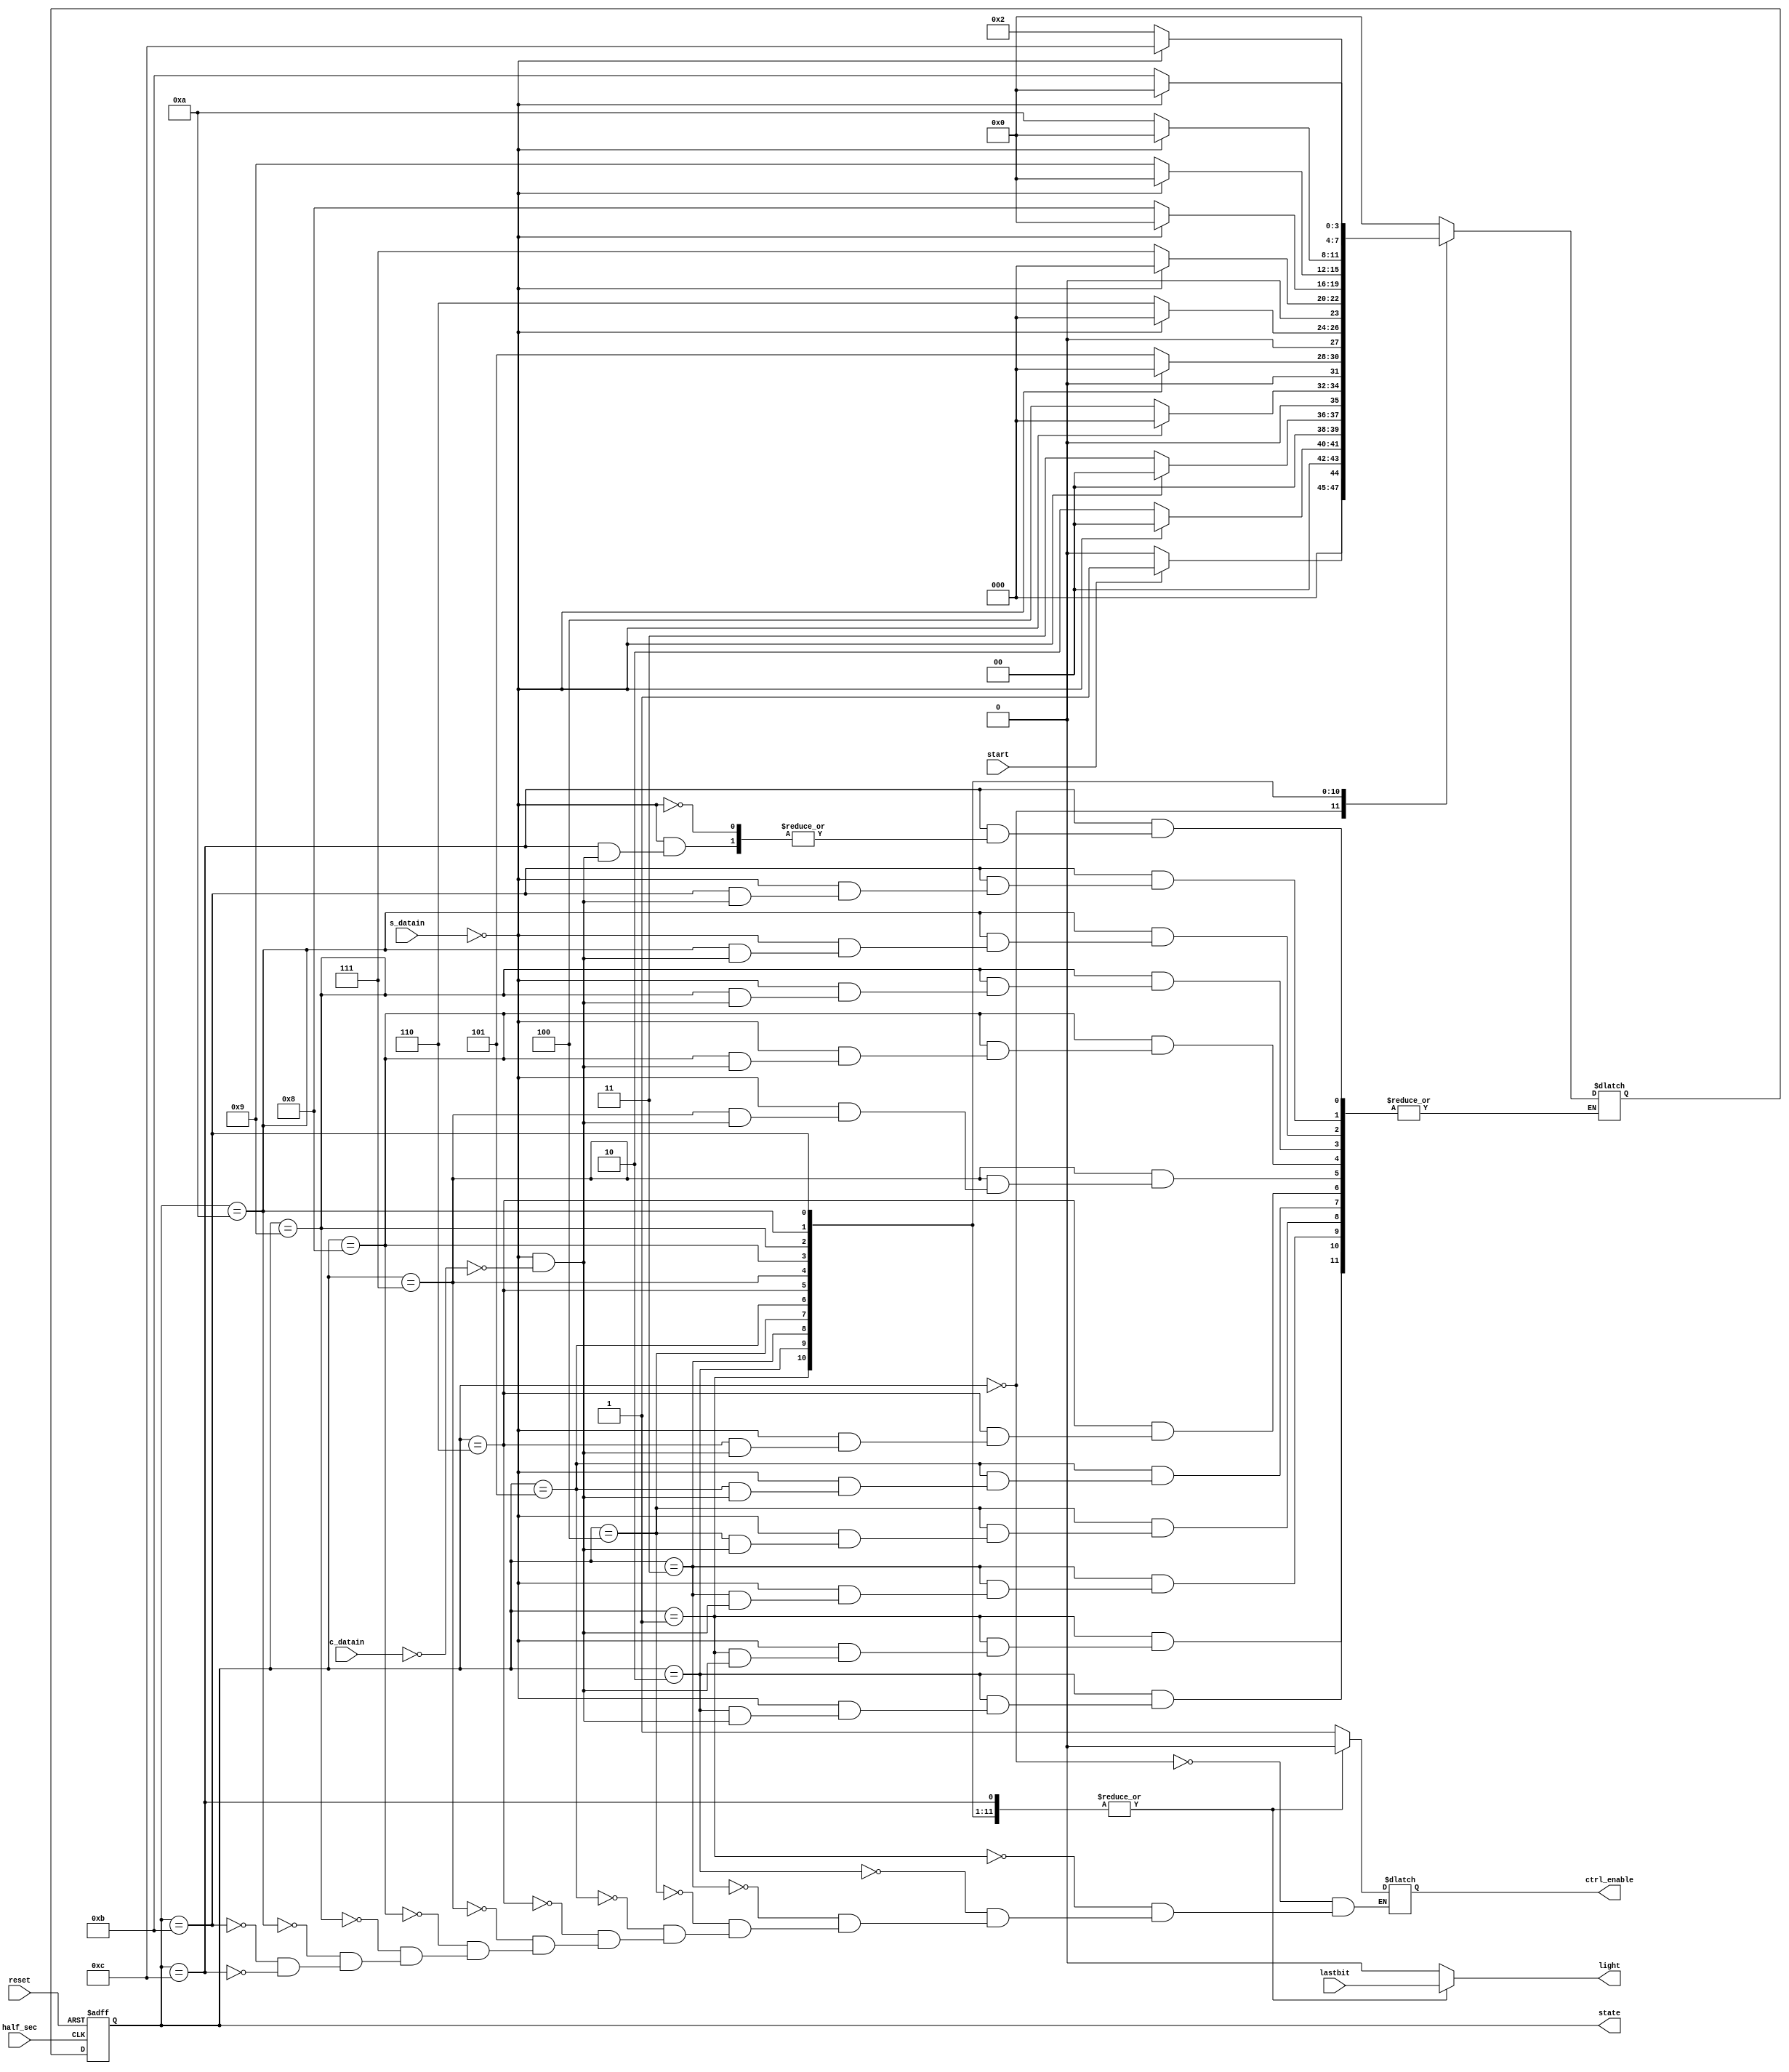
//FSM
module FSM(start,half_sec,reset,light,c_datain,s_datain,ctrl_enable,state,lastbit);
	
	localparam 	s0 = 4'b0000,
					s1 = 4'b0001,
					s2 = 4'b0010,
					s3 = 4'b0011,
					s4 = 4'b0100,
					s5 = 4'b0101,
					s6 = 4'b0110,
					s7 = 4'b0111,
					s8 = 4'b1000,
					s9 = 4'b1001,
					s10 = 4'b1010,
					s11 = 4'b1011,
					s12 = 4'b1100;
	
	input half_sec; //clk 0.5s
	input start;
	output reg light; //morse_code output led

	output reg [3:0] state;
	
	reg [3:0] next_state;

	input wire [3:0] c_datain; //q_count
	input wire [12:0] s_datain;
	input wire lastbit;
	input wire reset;
	
	output reg ctrl_enable;
	
	
	//state transition
	always@(state or s_datain or c_datain)
	begin
		case(state)
			s0: //trang thai nap lenh
			begin
				if(start == 1'b1)
				begin
					next_state = s1;
				end
				else next_state = s0;
			end
			s1:
			begin
				if(s_datain==0)
				begin
					if(c_datain == 0)
					begin
						next_state = s0;
					end
				end
				else next_state = s2;
			end
			s2:
			begin
				if(s_datain==0)
				begin
					if(c_datain == 0)
					begin
						next_state = s0;
					end
				end
				else next_state = s3;
			end
			s3:
			begin
				if(s_datain==0)
				begin
					if(c_datain == 0)
					begin
						next_state = s0;
					end
				end
				else next_state = s4;
			end
			s4:
			begin
				if(s_datain==0)
				begin
					if(c_datain == 0)
					begin
						next_state = s0;
					end
				end
				else next_state = s5;
			end
			s5:
			begin
				if(s_datain==0)
				begin
					if(c_datain == 0)
					begin
						next_state = s0;
					end
				end
				else next_state = s6;
			end
			s6:
			begin
				if(s_datain==0)
				begin
					if(c_datain == 0)
					begin
						next_state = s0;
					end
				end
				else next_state = s7;
			end
			s7:
			begin
				if(s_datain==0)
				begin
					if(c_datain == 0)
					begin
						next_state = s0;
					end
				end
				else next_state = s8;
			end
			s8:
			begin
				if(s_datain==0)
				begin
					if(c_datain == 0)
					begin
						next_state = s0;
					end
				end
				else next_state = s9;
			end
			s9:
			begin
				if(s_datain==0)
				begin
					if(c_datain == 0)
					begin
						next_state = s0;
					end
				end
				else next_state = s10;
			end
			s10:
			begin
				if(s_datain==0)
				begin
					if(c_datain == 0)
					begin
						next_state = s0;
					end
				end
				else next_state = s11;
			end
			s11:
			begin
				if(s_datain==0)
				begin
					if(c_datain == 0)
					begin
						next_state = s12;
					end
				end
				else next_state = s2;
			end
			s12:
			begin
				if(s_datain==0)
				begin
					if(c_datain == 0)
					begin
						next_state = s0;
					end
				end
			end
			default: next_state = s0;
		endcase
	end
	
	//-- Seq logic (Control FSM logic) ---
	always@(posedge half_sec or posedge reset)
	begin
		if(reset)
		begin
			state <= s0;
		end
		else begin
			state <= next_state;
		end
	end
	
	//Control FSM Output Logic
	
	always@(state)
	begin
		//initial value
		light = 1'b0;
		case(state)
		s0:
		begin
			ctrl_enable = 1'b1;
		end
		
		s1:
		begin
			ctrl_enable = 1'b0;
			light = lastbit;
		end
		
		s2:
		begin
			ctrl_enable = 1'b0;
			light = lastbit;
		end
		
		s3:
		begin
			ctrl_enable = 1'b0;	
			light = lastbit;
		end
		
		s4:
		begin
			ctrl_enable = 1'b0;
			light = lastbit;
		end
		
		s5:
		begin
			ctrl_enable = 1'b0;
			light = lastbit;
		end
		
		s6:
		begin
			ctrl_enable = 1'b0;
			light = lastbit;
		end
		
		s7:
		begin
			ctrl_enable = 1'b0;
			light = lastbit;	
		end
		
		s8:
		begin
			ctrl_enable = 1'b0;
			light = lastbit;
		end
		
		s9:
		begin
			ctrl_enable = 1'b0;
			light = lastbit;
		end
		
		s10:
		begin
			ctrl_enable = 1'b0;
			light = lastbit;
		end
		
		s11:
		begin
			ctrl_enable = 1'b0;
			light = lastbit;
		end
		
		s12:
		begin
			ctrl_enable = 1'b0;
			light = lastbit;
		end
		
		endcase
		
	end
	
endmodule